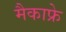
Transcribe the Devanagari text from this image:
मैकाफ्रे